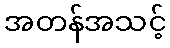
အတန်အသင့်